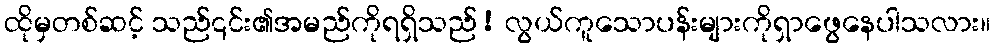
ထိုမှတစ်ဆင့် သည်၎င်း၏အမည်ကိုရရှိသည်! လွယ်ကူသောပန်းများကိုရှာဖွေနေပါသလား။